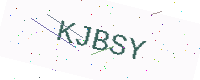
Text: KJBSY